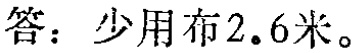
答：少用布$2.6$米。